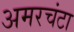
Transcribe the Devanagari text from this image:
अमरचंटा